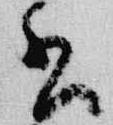
書